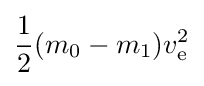
{\frac {1}{2}}(m_{0}-m_{1})v_{\text{e}}^{2}